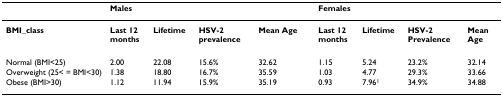
|  | <COLSPAN=4> Males | <COLSPAN=4> Females |
 | --- | --- | --- | --- | --- | --- | --- | --- | --- |
 | BMI_class | Last 12 months | Lifetime | HSV-2 prevalence | Mean Age | Last 12 months | Lifetime | HSV-2 Prevalence | Mean Age |
 | Normal (BMI<25) | 2.00 | 22.08 | 15.6% | 32.62 | 1.15 | 5.24 | 23.2% | 32.14 |
 | Overweight (25< = BMI<30) | 1.38 | 18.80 | 16.7% | 35.59 | 1.03 | 4.77 | 29.3% | 33.66 |
 | Obese (BMI>30) | 1.12 | 11.94 | 15.9% | 35.19 | 0.93 | 7.961 | 34.9% | 34.88 |